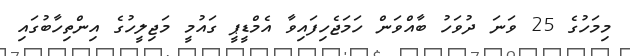
މިމަހުގެ 25 ވަނަ ދުވަހު ބާއްވަން ހަމަޖެހިފައިވާ އެމްޑީޕީ ގައުމީ މަޖިލީހުގެ އިންތިހާބުގައި